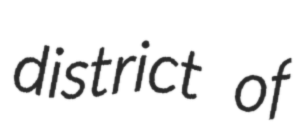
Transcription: district of